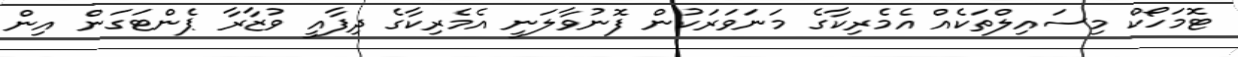
ޓޮމަހޯކް މިސައިލްތަކެއް އެމެރިކާގެ މަނަވަރަކުން ފޮނުވާލަނީ އެމެރިކާގެ ދިފާއީ ވުޒާރާ ޕެންޓަގަން އިން